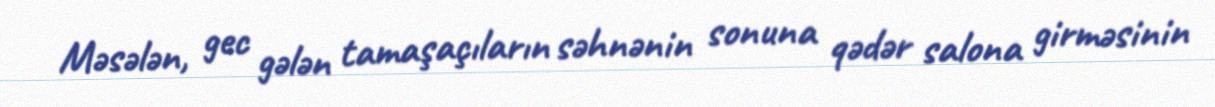
Məsələn, gec gələn tamaşaçıların səhnənin sonuna qədər salona girməsinin